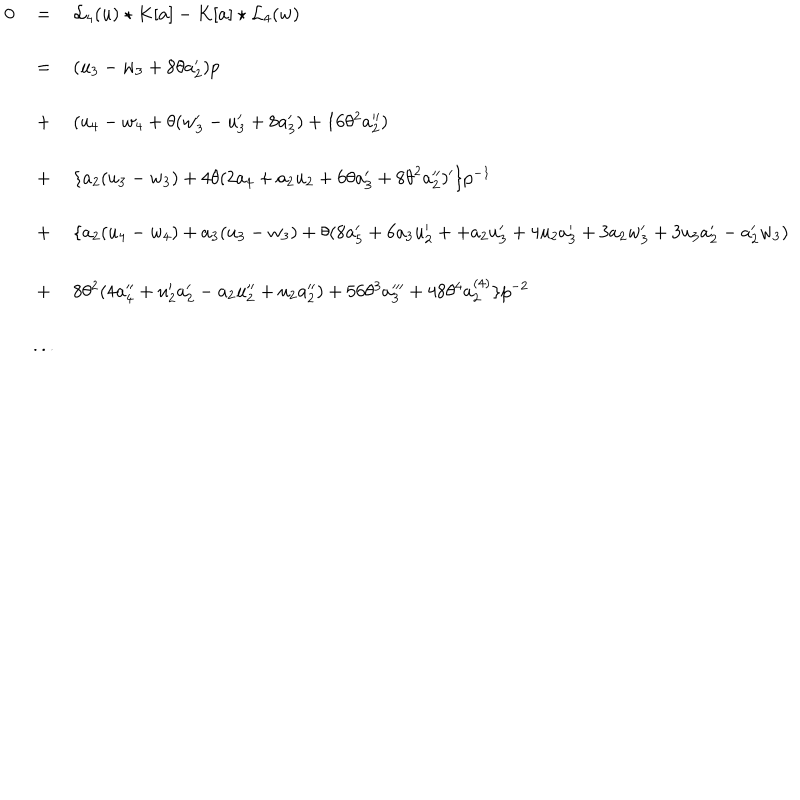
LaTeX: \begin{array} { l c l } { { 0 } } & { { = } } & { { { { \mathcal L } _ { 4 } } ( u ) \star K [ a ] - K [ a ] \star { { \mathcal L } _ { 4 } } ( w ) } } \\ { { } } & { { = } } & { { ( u _ { 3 } - w _ { 3 } + 8 \theta a _ { 2 } ^ { \prime } ) p } } \\ { { } } & { { + } } & { { ( u _ { 4 } - w _ { 4 } + \theta ( w _ { 3 } ^ { \prime } - u _ { 3 } ^ { \prime } + 8 a _ { 3 } ^ { \prime } ) + 1 6 \theta ^ { 2 } a _ { 2 } ^ { \prime \prime } ) } } \\ { { } } & { { + } } & { { \{ a _ { 2 } ( u _ { 3 } - w _ { 3 } ) + 4 \theta ( 2 a _ { 4 } + a _ { 2 } u _ { 2 } + 6 \theta a _ { 3 } ^ { \prime } + 8 { \theta } ^ { 2 } a _ { 2 } ^ { \prime \prime } ) ^ { \prime } \} p ^ { - 1 } } } \\ { { } } & { { + } } & { { \{ a _ { 2 } ( u _ { 4 } - w _ { 4 } ) + a _ { 3 } ( u _ { 3 } - w _ { 3 } ) + \theta ( 8 a _ { 5 } ^ { \prime } + 6 a _ { 3 } u _ { 2 } ^ { \prime } + + a _ { 2 } u _ { 3 } ^ { \prime } + 4 u _ { 2 } a _ { 3 } ^ { \prime } + 3 a _ { 2 } w _ { 3 } ^ { \prime } + 3 u _ { 3 } a _ { 2 } ^ { \prime } - a _ { 2 } ^ { \prime } w _ { 3 } ) } } \\ { { } } & { { + } } & { { 8 \theta ^ { 2 } ( 4 a _ { 4 } ^ { \prime \prime } + u _ { 2 } ^ { \prime } a _ { 2 } ^ { \prime } - a _ { 2 } u _ { 2 } ^ { \prime \prime } + u _ { 2 } a _ { 2 } ^ { \prime \prime } ) + 5 6 \theta ^ { 3 } a _ { 3 } ^ { \prime \prime \prime } + 4 8 \theta ^ { 4 } a _ { 2 } ^ { ( 4 ) } \} p ^ { - 2 } } } \\ { { } } & { { . . . } } & { { } } \\ \end{array}